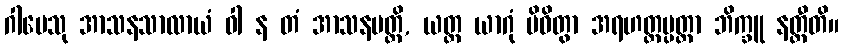
ဂါမေသု အာသနသာလာယံ ဝါ န တံ အာသနမတ္ထိ, ယတ္ထ ယာဂုံ ပိဝိတွာ အရဟတ္တပ္ပတ္တာ ဘိက္ခူ နတ္ထီတိ။